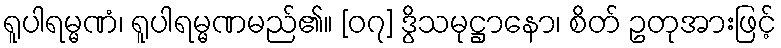
ရူပါရမ္မဏံ၊ ရူပါရမ္မဏမည်၏။ [၀၇] ဒွိသမုဋ္ဌာနော၊ စိတ် ဥတုအားဖြင့်